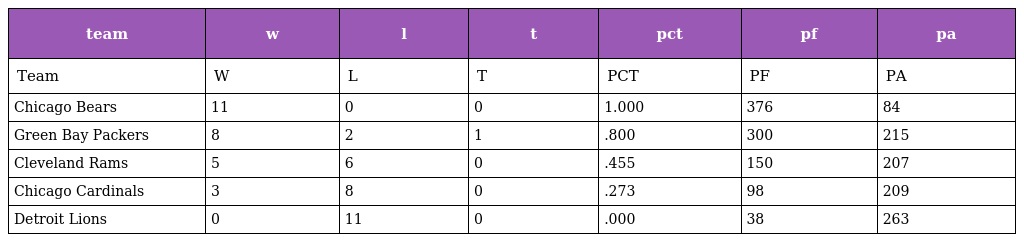
| team | w | l | t | pct | pf | pa |
 | --- | --- | --- | --- | --- | --- | --- |
 | Team | W | L | T | PCT | PF | PA |
 | Chicago Bears | 11 | 0 | 0 | 1.000 | 376 | 84 |
 | Green Bay Packers | 8 | 2 | 1 | .800 | 300 | 215 |
 | Cleveland Rams | 5 | 6 | 0 | .455 | 150 | 207 |
 | Chicago Cardinals | 3 | 8 | 0 | .273 | 98 | 209 |
 | Detroit Lions | 0 | 11 | 0 | .000 | 38 | 263 |